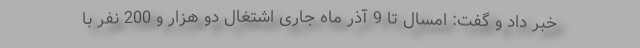
خبر داد و گفت: امسال تا 9 آذر ماه جاری اشتغال دو هزار و 200 نفر با